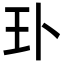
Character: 㺪